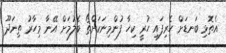
އެތޮޅި ބަނޑަށް ހެރިފައި ހުރީ ކިހާ ފުންމިނަކަށްތޯ ބެލުމަށް އޭނާ މިހާރު ތިނަދޫ